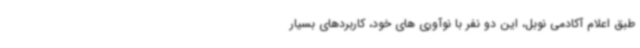
طبق اعلام آکادمی نوبل، این دو نفر با نوآوری های خود، کاربردهای بسیار